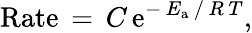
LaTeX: \textrm{Rate}\, =\, C\, \mathrm{e}^{-\, E_{\mathrm{a}}\, /\, R\, T},